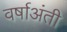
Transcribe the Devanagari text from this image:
वर्षाअंती